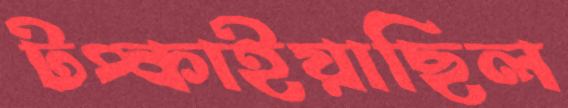
টপ্‌কাইয়াছিল